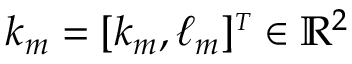
\boldsymbol { k } _ { m } = [ k _ { m } , \ell _ { m } ] ^ { \scriptscriptstyle T } \in \mathbb { R } ^ { 2 }